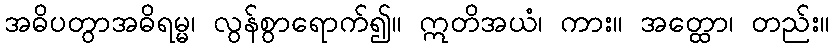
အဓိပတွာအဓိရမ္မ၊ လွန်စွာရောက်၍။ ဣတိအယံ၊ ကား။ အတ္ထော၊ တည်း။